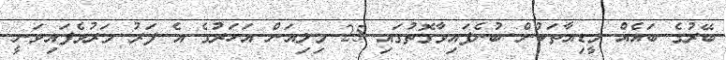
ބޭރުގެ ބައެއް މީޑިއާތަކުން ބުނެފައިވާގޮތުގައި 25 މިލިއަން އަހަރުގެ އެ ފަރު މަރުވެފައިވަނީ